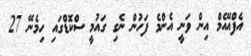
އެފްއޭއެމް އިން ވަނީ އެންމެ ފަހުން ނެގި ގައުމީ ސްކޮޑްގައި ހިމެނޭ 27